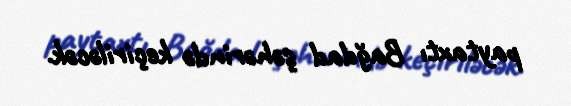
paytaxtı Bağdad şəhərində keçiriləcək.